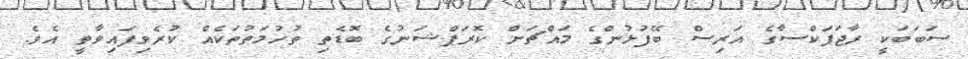
ސަބަބަކީ ރާޖަޕަކްސާގެ އަރިސް ބޭފުޅުންގެ މައްޗަށް ކޮރަޕްޝަނުގެ ބޮޑެތި ތުހުމަތުތަކެއް ކުރެވިފައިވާތީ އެވެ.